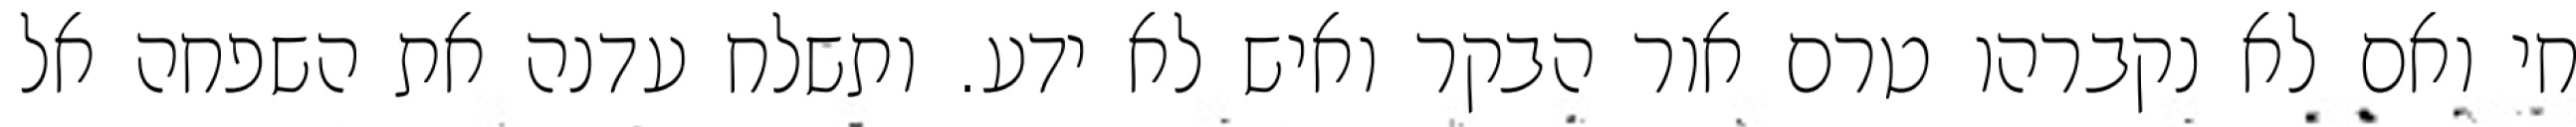
חי ואם לא נקברהו טרם אור הבקר ואיש לא ידע. ותשלח עדנה את השפחה אל